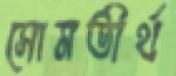
সোমতীর্থ